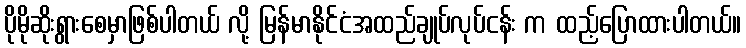
ပိုမိုဆိုးရွားစေမှာဖြစ်ပါတယ် လို့ မြန်မာနိုင်ငံအထည်ချုပ်လုပ်ငန်း က ထည့်ပြောထားပါတယ်။